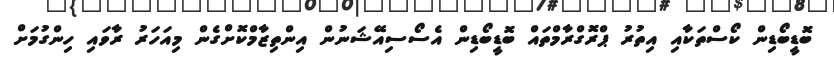
ބޮޑީބޯޑިން ކޯސްތަކާއި އިތުރު ޕްރޮގްރާމްތައް ބޮޑީބޯޑިން އެސޯސިއޭޝަނުން އިންތިޒާމްކޮށްގެން މިއަަހަރު ރާވައި ހިންގުމަށް